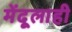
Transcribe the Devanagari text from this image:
मेंदूलाही